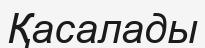
Қасалады